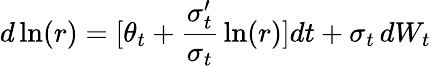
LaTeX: d\ln(r)=[\theta_{t}+{\frac{\sigma_{t}^{\prime}}{\sigma_{t}}}\ln(r)]dt+\sigma_{t}\, dW_{t}